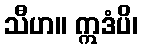
သီဟ။ ဣဒံပိ၊